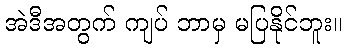
အဲဒီအတွက် ကျပ် ဘာမှ မပြနိုင်ဘူး။